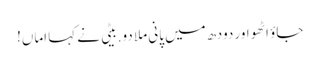
جاؤ اٹھو اور دودھ میں پانی ملا دو.بیٹی نے کہا اماں!